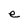
Character: e